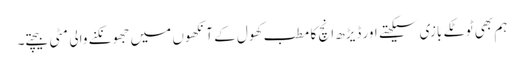
ہم بھی ٹوٹکے بازی سیکھتے اور ڈیڑھ انچ کا مطب کھول کے آنکھوں میں جھونکنے والی مٹی بیچتے۔